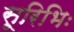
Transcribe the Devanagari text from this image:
सूरिभिः